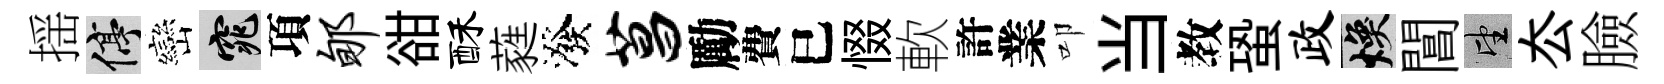
揺停巒窕項郇𧮳酥蕤潑菖勵費巳惙軟許業叩当教蛩政焕閶望厺臉